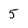
Character: 5